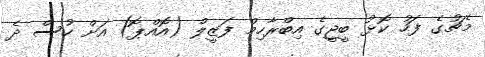
މެޗުގެ ފަހު ކޮޅު ބީޖީގެ އިބްރާހިމް ފަޒީލް (އޮއްޕޮ) އަށް ހުސް ދެ